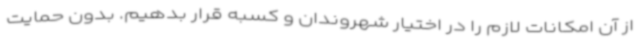
از آن امکانات لازم را در اختیار شهروندان و کسبه قرار بدهیم. بدون حمایت